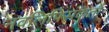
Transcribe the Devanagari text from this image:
नवलिपिसंकेतों